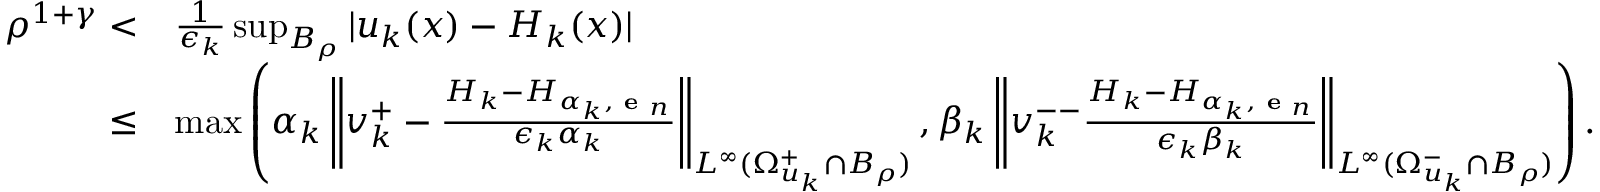
\begin{array} { r l } { \rho ^ { 1 + \gamma } < } & { \frac 1 { \epsilon _ { k } } \operatorname* { s u p } _ { B _ { \rho } } | u _ { k } ( x ) - H _ { k } ( x ) | } \\ { \le } & { \operatorname* { m a x } \left( \alpha _ { k } \left\| v _ { k } ^ { + } - \frac { H _ { k } - H _ { \alpha _ { k } , \textbf { e } _ { n } } } { \epsilon _ { k } \alpha _ { k } } \right\| _ { L ^ { \infty } ( \Omega _ { u _ { k } } ^ { + } \cap B _ { \rho } ) } , \beta _ { k } \left\| v _ { k } ^ { -- } \frac { H _ { k } - H _ { \alpha _ { k } , \textbf { e } _ { n } } } { \epsilon _ { k } \beta _ { k } } \right\| _ { L ^ { \infty } ( \Omega _ { u _ { k } } ^ { - } \cap B _ { \rho } ) } \right) . } \end{array}